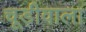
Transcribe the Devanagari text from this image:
चूड़ीवाला